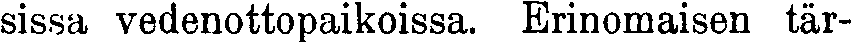
sissa vedenottopaikoissa. Erinomaisen tär-